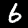
Digit: 6